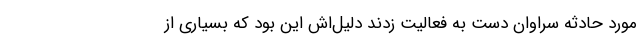
مورد حادثه سراوان دست به فعالیت زدند دلیل‌اش این بود که بسیاری از